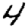
Digit: 4